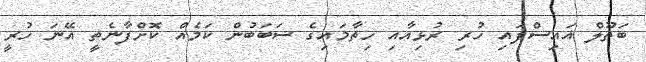
ބަތޫލް އައިސްފައި ހުރި ރުޅިއާއި ހިތާމައިގެ ސަބަބުން ކަމެއް ކޮށްފާނެތީ އޭނަ ހުރީ